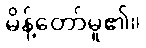
မိန့်တော်မူ၏။